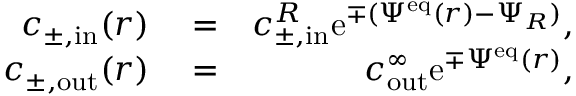
\begin{array} { r l r } { c _ { \pm , \mathrm { i n } } ( r ) } & { { } = } & { c _ { \pm , \mathrm { i n } } ^ { R } \mathrm { e } ^ { \mp ( \Psi ^ { \mathrm { e q } } ( r ) - \Psi _ { R } ) } , } \\ { c _ { \pm , \mathrm { o u t } } ( r ) } & { { } = } & { c _ { \mathrm { o u t } } ^ { \infty } \mathrm { e } ^ { \mp \Psi ^ { \mathrm { e q } } ( r ) } , } \end{array}